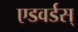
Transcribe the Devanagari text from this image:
एडवर्डस्‌